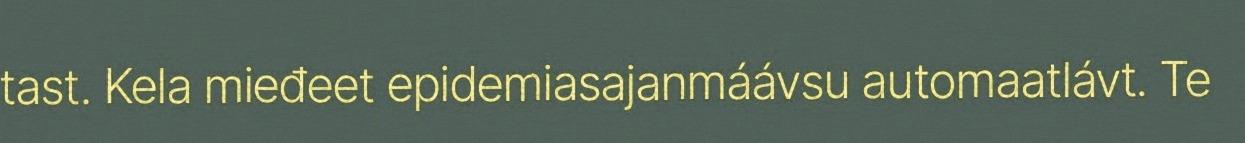
tast. Kela mieđeet epidemiasajanmáávsu automaatlávt. Te